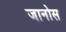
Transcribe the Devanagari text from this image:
जानोस